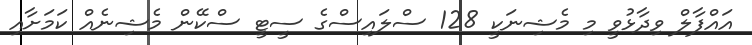
އައްފާލް ވިދާޅުވީ މި މެޝިނަކީ 128 ސްލައިސްގެ ސީޓީ ސްކޭން މެޝިނެއް ކަމަށާއި